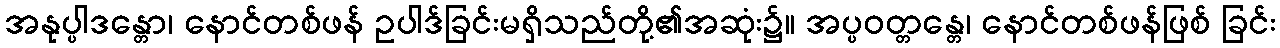
အနုပ္ပါဒန္တော၊ နောင်တစ်ဖန် ဥပါဒ်ခြင်းမရှိသည်တို့၏အဆုံး၌။ အပ္ပဝတ္တန္တေ၊ နောင်တစ်ဖန်ဖြစ် ခြင်း